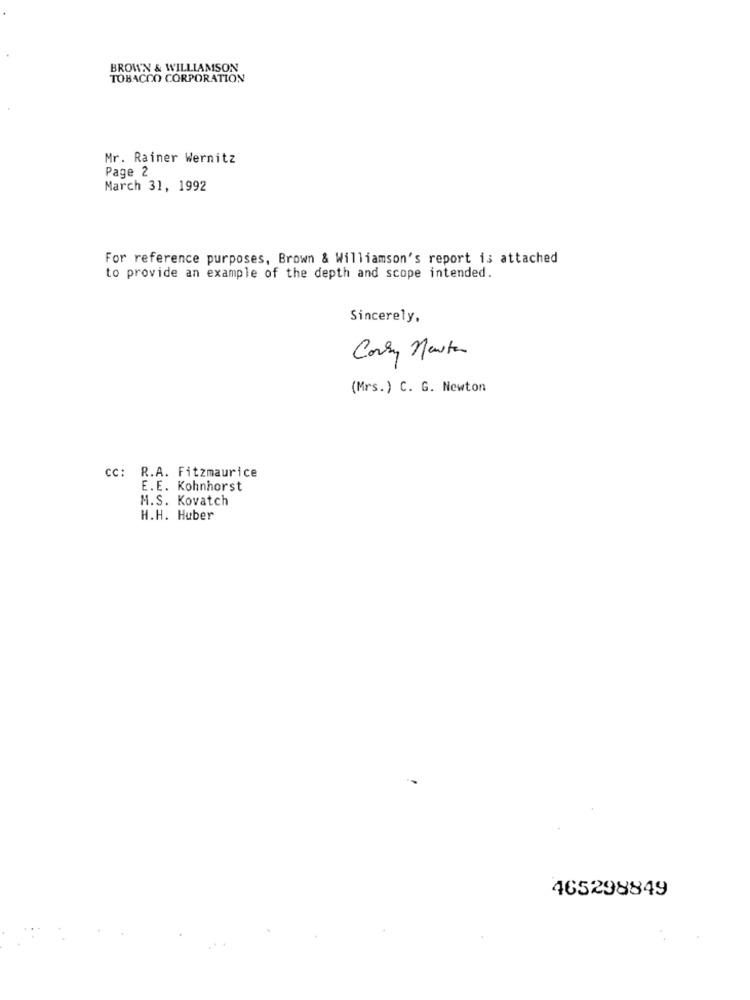
BROWN & WILLIAMSON
TOBACCO CORPORATION
Mr. Rainer Wernitz
Page 2
March 31, 1992
For reference purposes, Brown & Williamson's report is attached
to provide an example of the depth and scope intended.
Sincerely,
Corry Newton
(Mrs.) C. G. Newton
cc: R.A. Fitzmaurice
E.E. Kohnhorst
M.S. Kovatch
H.H. Huber
465298849